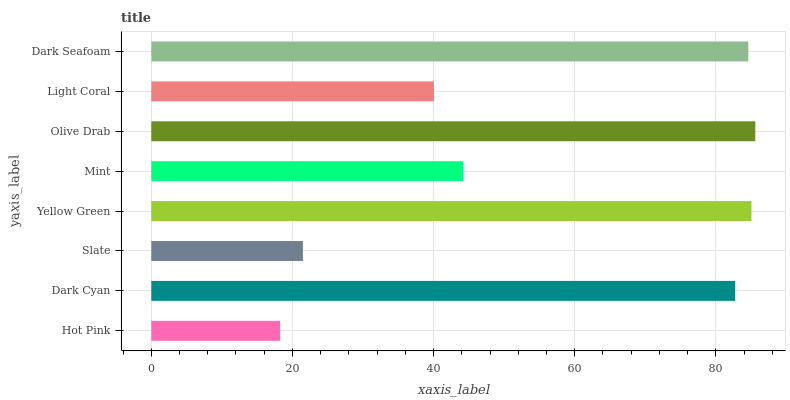
| yaxis_label | bars |
 | --- | --- |
 | Hot Pink | 18.3 |
 | Dark Cyan | 82.7 |
 | Slate | 21.5 |
 | Yellow Green | 85.1 |
 | Mint | 44.2 |
 | Olive Drab | 85.6 |
 | Light Coral | 40.1 |
 | Dark Seafoam | 84.6 |